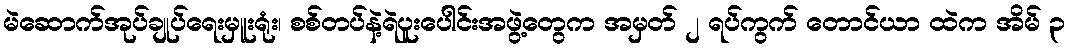
မဲဆောက်အုပ်ချုပ်ရေးမှူးရုံး၊ စစ်တပ်နဲ့ရဲပူးပေါင်းအဖွဲ့တွေက အမှတ် ၂ ရပ်ကွက် တောင်ယာ ထဲက အိမ် ၃